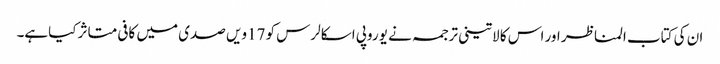
ان کی کتاب المناظر اور اس کا لاتینی ترجمہ نے یوروپی اسکالرس کو 17ویں صدی میں کافی متاثر کیاہے۔